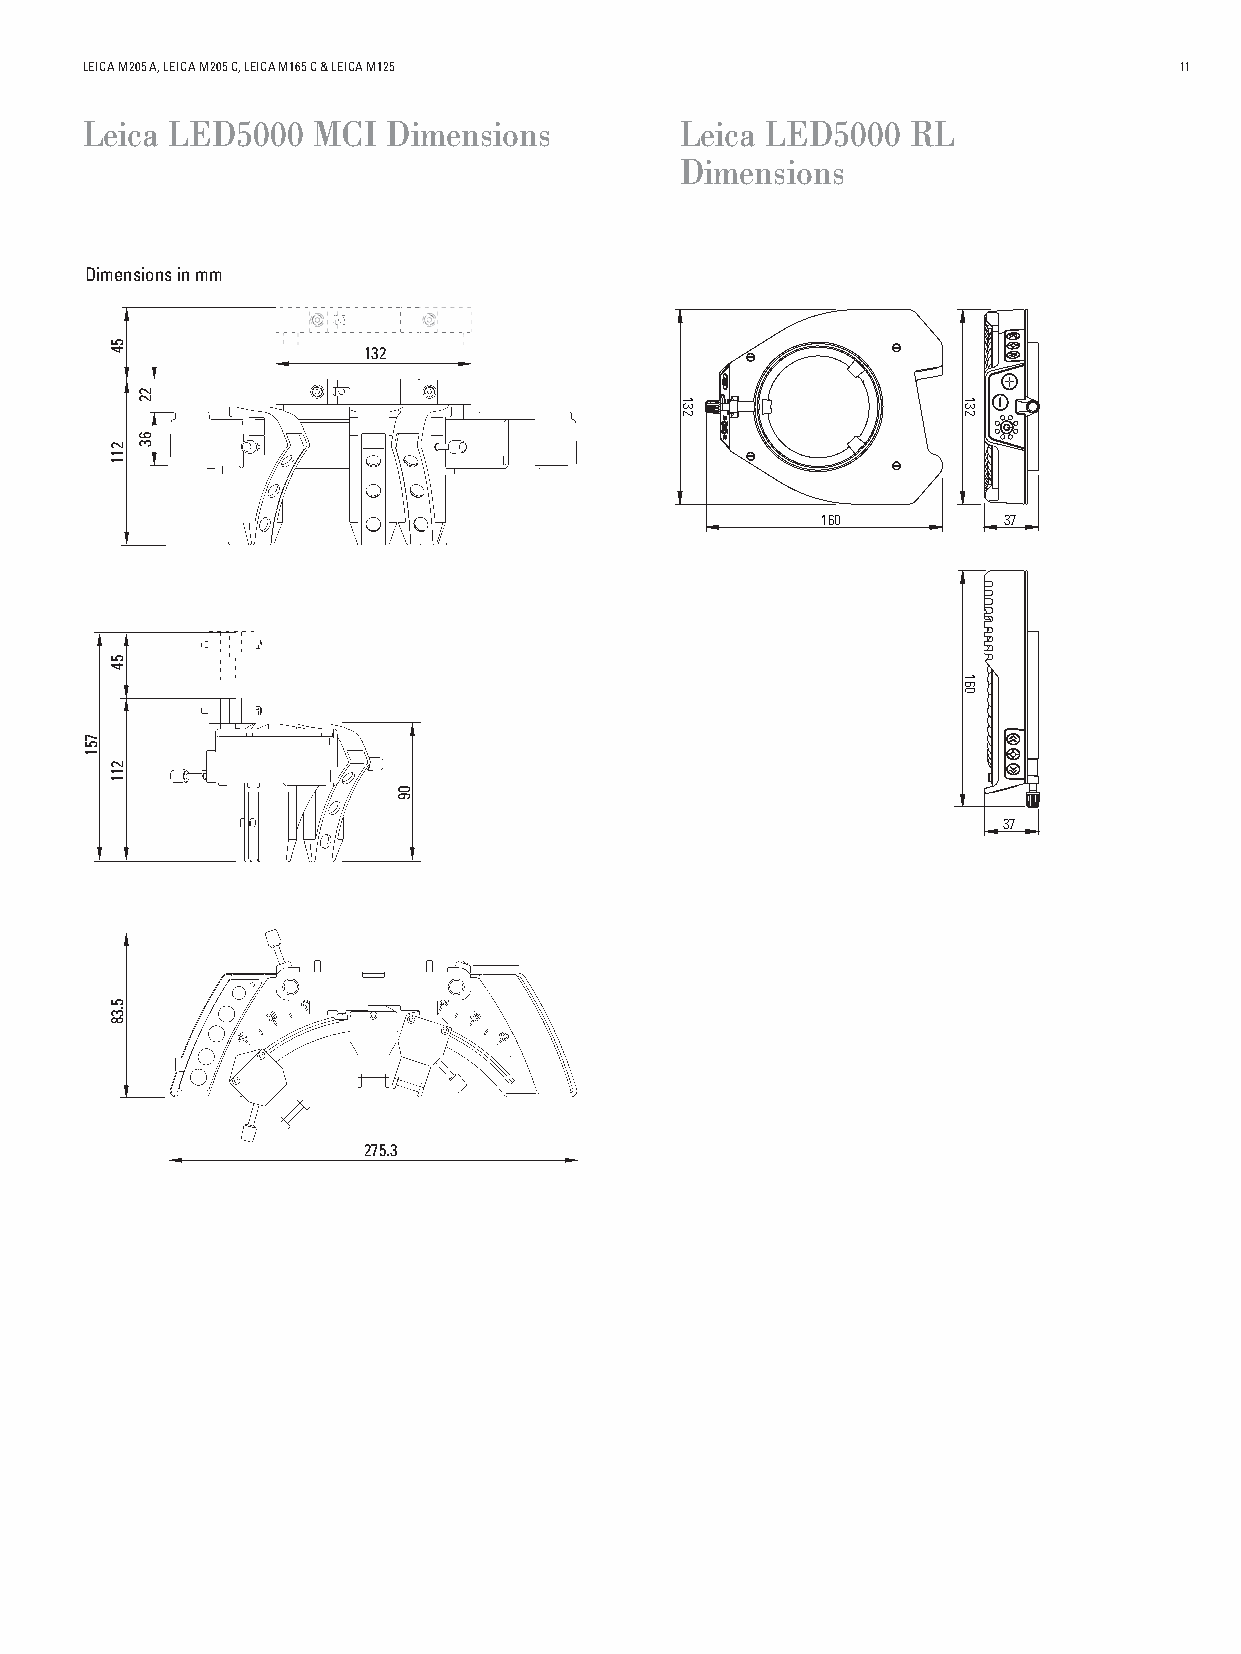
LEICA M205 A, LEICA M205 C, LEICA M165 C & LEICA M125                    11
 Leica LED5000   MCI  Dimensions         Leica LED5000  RL
 Dimensions
 Dimensions in mm
 132
 160         37
 37
 275.3
 751
 54
 211
 54
 211
 5.38
 22
 63
 09
 132                132
 160